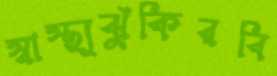
স্বাস্থ্যঝুঁকিরবি